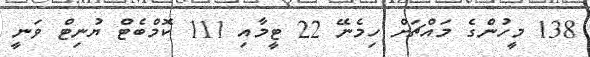
138 މީހުންގެ މައްޗަށް ހިމެނޭ 22 ޓީމާއި 111 ކޮމްބެޓް ޔުނިޓް ވަނީ